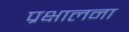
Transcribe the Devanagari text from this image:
प्रक्षालना